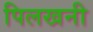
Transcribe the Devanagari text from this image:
पिलखनी